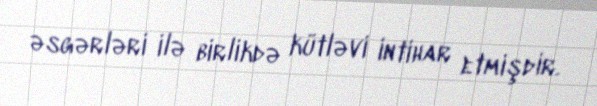
əsgərləri ilə birlikdə kütləvi intihar etmişdir.